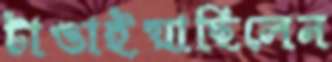
টাঙাইয়াছিলেন